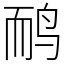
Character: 鸸